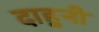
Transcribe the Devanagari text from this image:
दाहुनी